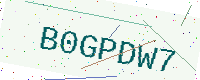
Text: B0GPDW7